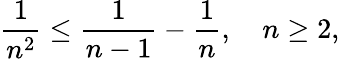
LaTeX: {\frac{1}{n^{2}}}\leq{\frac{1}{n-1}}-{\frac{1}{n}},\quad n\geq 2,